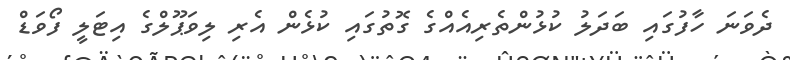
ދެވަނަ ހާފުގައި ބަދަލު ކުޅުންތެރިއެއްގެ ގޮތުގައި ކުޅެން އެރި ލިވަޕޫލްގެ އިޓަލީ ފޯވަޑް